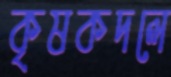
কৃষকদলে